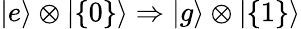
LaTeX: |e\rangle\otimes|\{ 0\} \rangle\Rightarrow|g\rangle\otimes|\{ 1\} \rangle